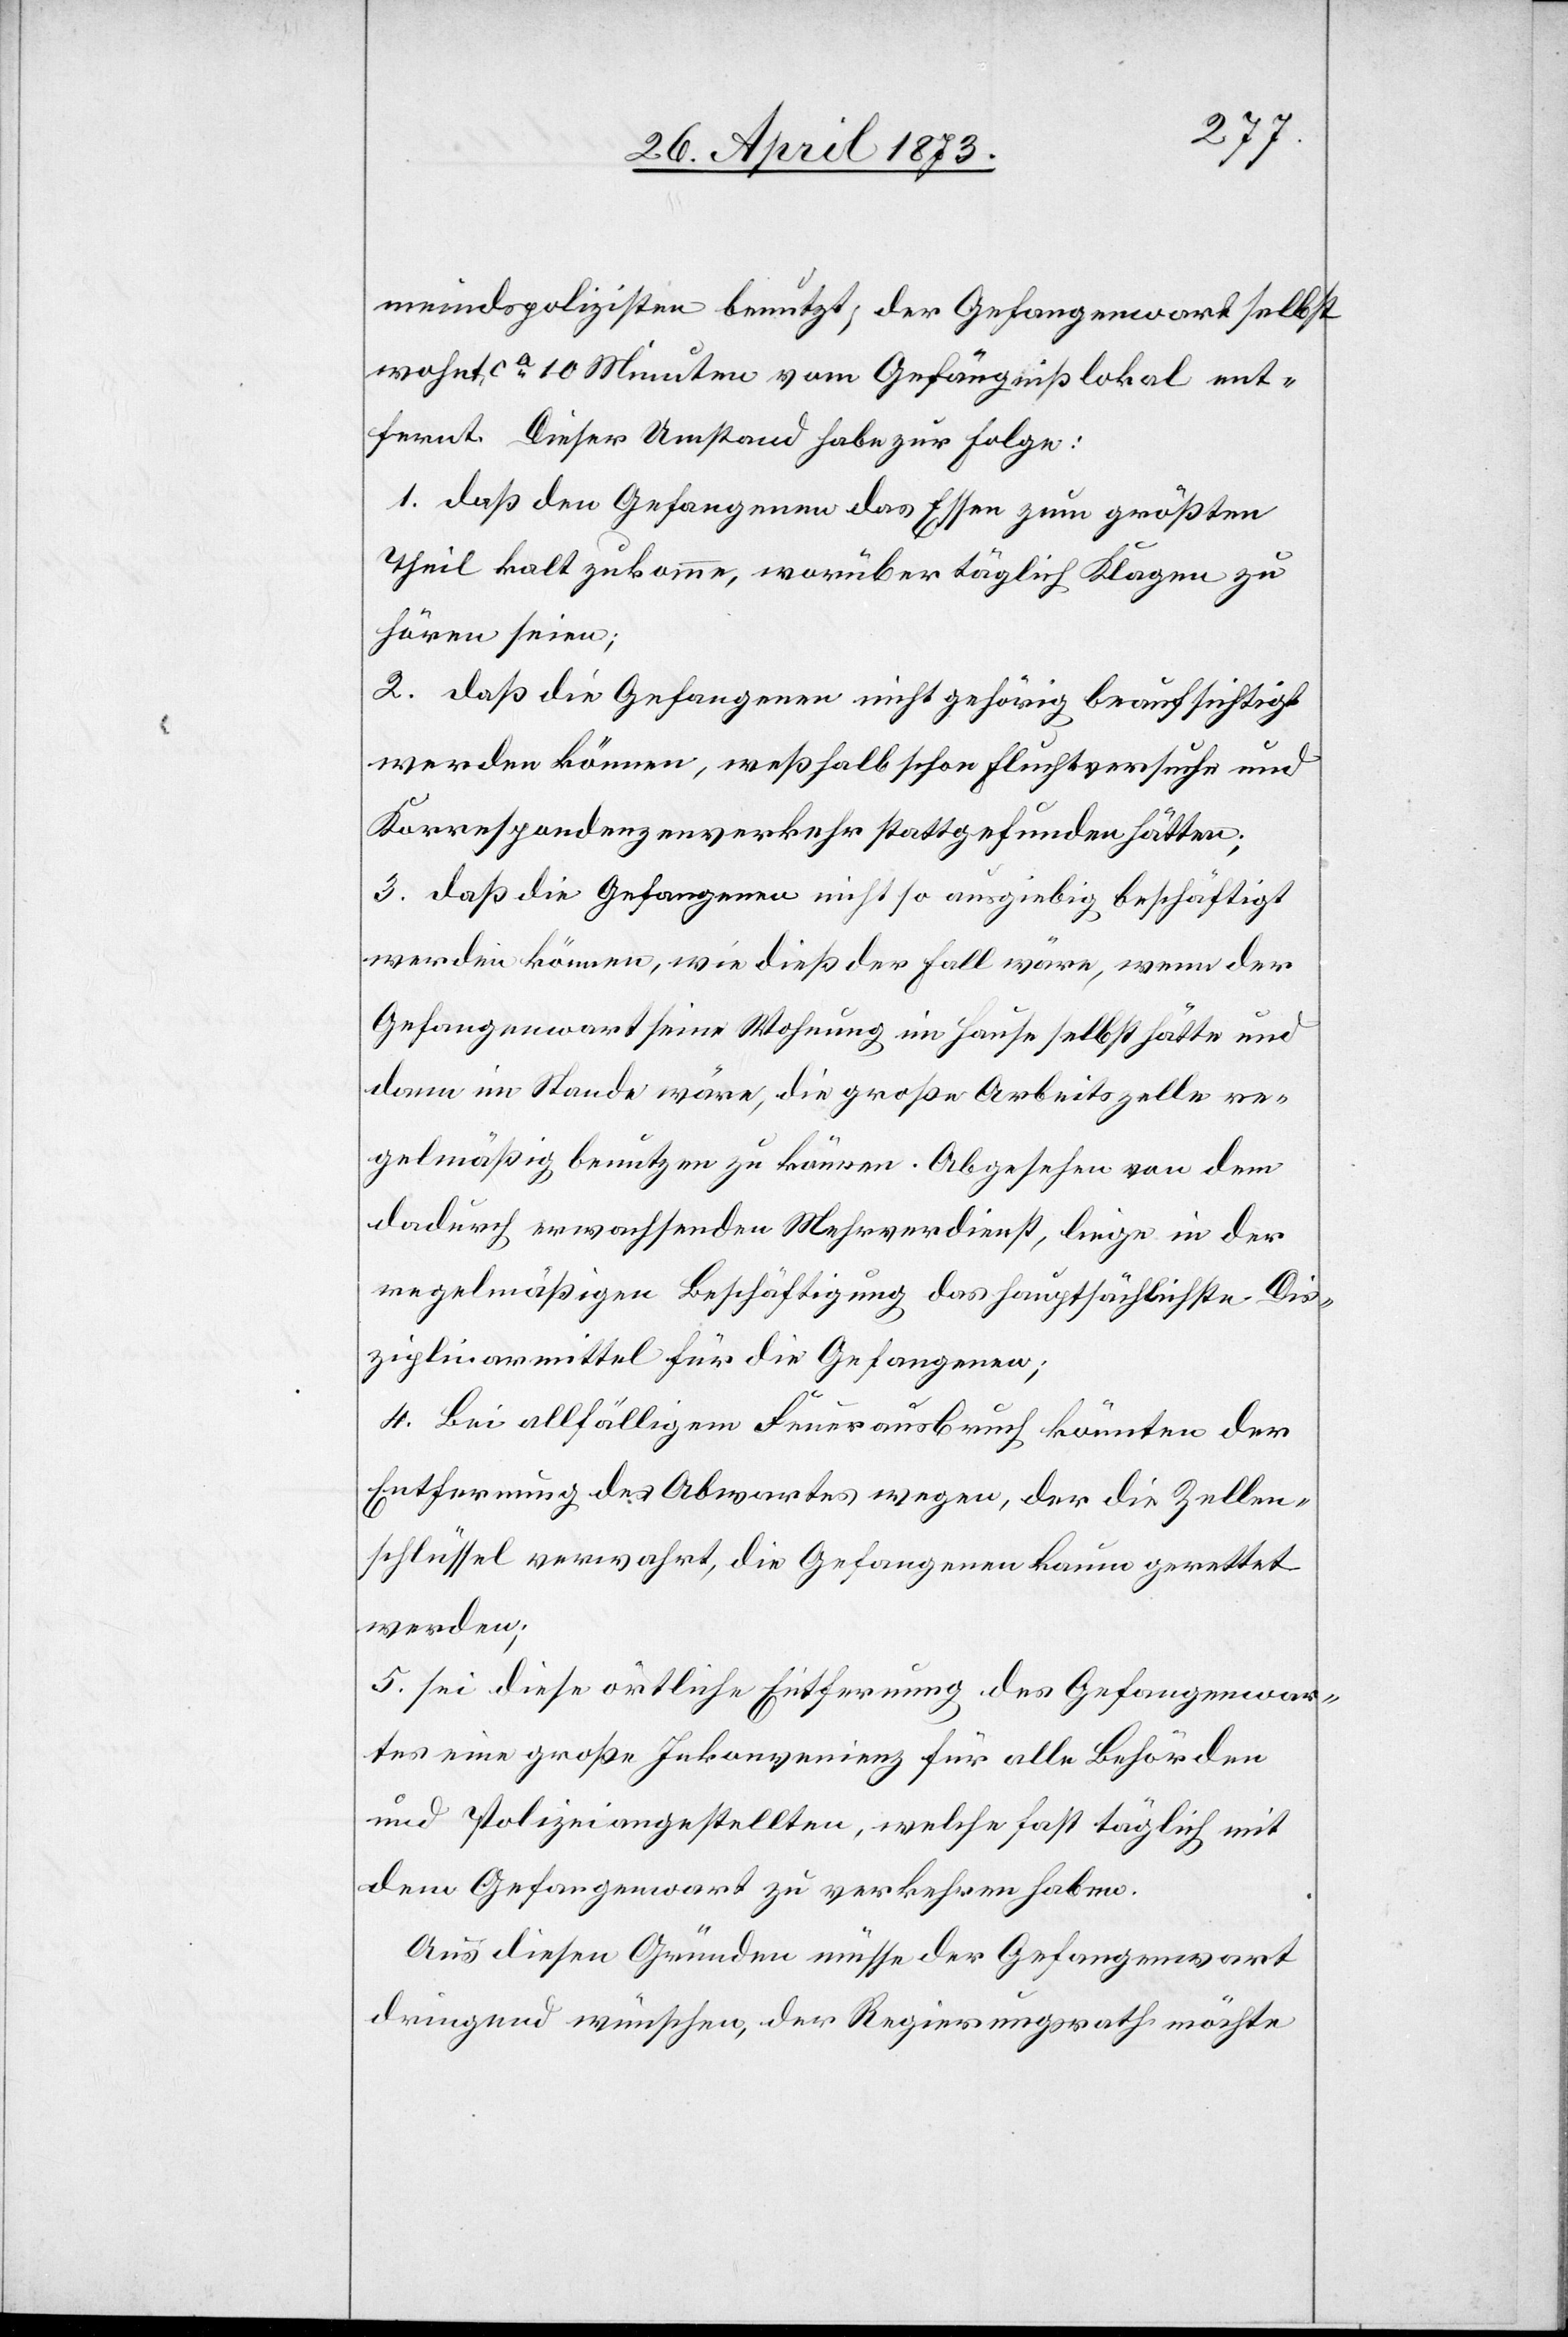
meindspolizisten benutzt; der Gefangenwart selbst
wohnt ca 10 Minuten vom Gefängnißlokal ent¬
fernt. Dieser Umstand habe zur Folge:
1. daß den Gefangenen das Essen zum größten
Theil kalt zukomme, worüber täglich Klagen zu
hören seien;
2. daß die Gefangenen nicht gehörig beaufsichtigt
werden können, weßhalb schon Fluchtversuche und
Korrespondenzenverkehr stattgefunden hätten;
3. daß die Gefangenen nicht so ausgiebig beschäftigt
werden können, wie dieß der Fall wäre, wenn der
Gefangenwart seine Wohnung im Hause selbst hätte und
dann im Stande wäre, die große Arbeitszelle re¬
gelmäßig benutzen zu können. Abgesehen von dem
dadurch erwachsenden Mehrverdienst, liege in der
regelmäßigen Beschäftigung das hauptsächlichste Dis¬
ziplinarmittel für die Gefangenen;
4. Bei allfälligem Feuerausbruch könnten der
Entfernung des Abwartes wegen, der die Zellen¬
schlüssel verwahrt, die Gefangenen kaum gerettet
werden;
5. sei diese örtliche Entfernung des Gefangenwar¬
tes eine große Inkonvenienz für alle Behörden
und Polizeiangestellten, welche fast täglich mit
dem Gefangenwart zu verkehren haben.
Aus diesen Gründen müsse der Gefangenwart
dringend wünschen, der Regierungsrath möchte